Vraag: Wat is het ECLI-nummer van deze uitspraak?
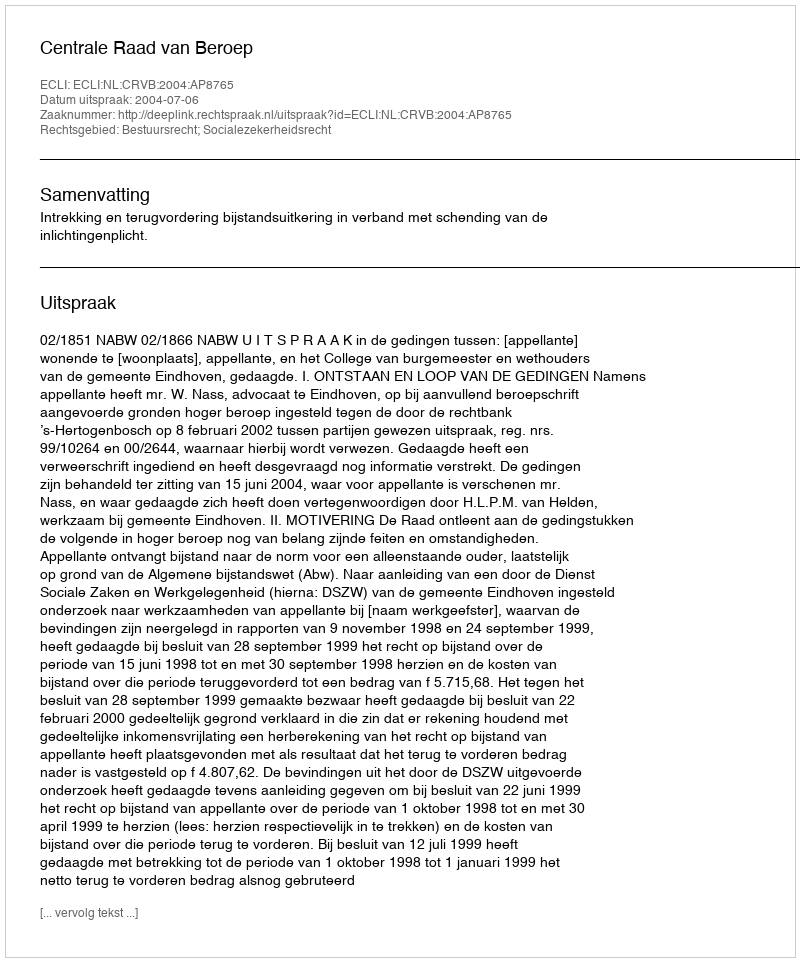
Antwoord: ECLI:NL:CRVB:2004:AP8765